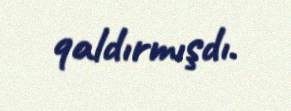
qaldırmışdı.